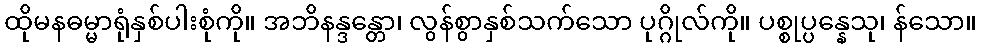
ထိုမနဓမ္မာရုံနှစ်ပါးစုံကို။ အဘိနန္ဒန္တော၊ လွန်စွာနှစ်သက်သော ပုဂ္ဂိုလ်ကို။ ပစ္စုပ္ပန္နေသု၊ န်သော။